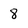
Character: 8